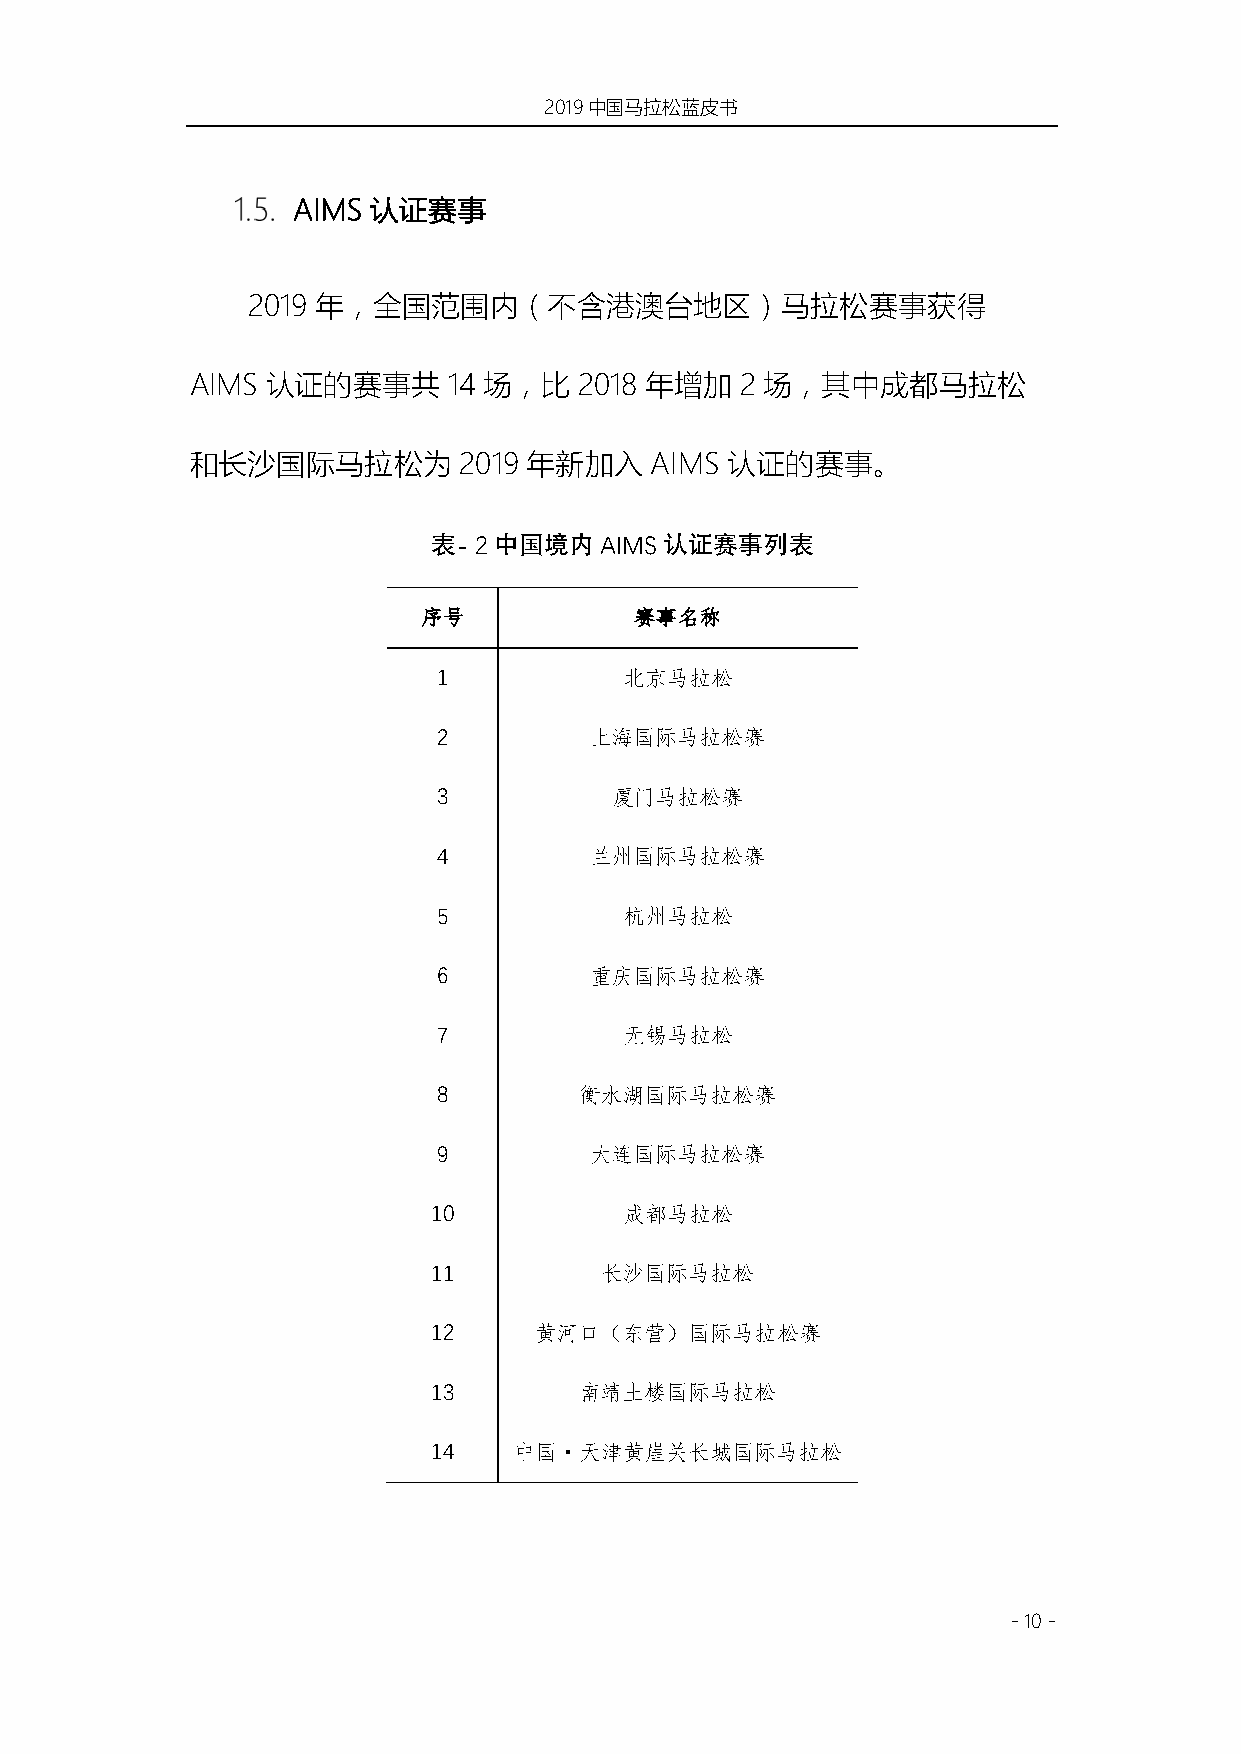
2019中国马拉松蓝皮书
 AIMS 认证赛事
 2019 年，全国范围内（不含港澳台地区）马拉松赛事获得
 AIMS 认证的赛事共      14 场，比  2018 年增加   2 场，其中成都马拉松
 和长沙国际马拉松为        2019 年新加入    AIMS 认证的赛事。
 表- 2中国境内AIMS认证赛事列表
 序号            赛事名称
 1           北京马拉松
 2         上海国际马拉松赛
 3          厦门马拉松赛
 4         兰州国际马拉松赛
 5           杭州马拉松
 6         重庆国际马拉松赛
 7           无锡马拉松
 8        衡水湖国际马拉松赛
 9         大连国际马拉松赛
 10          成都马拉松
 11         长沙国际马拉松
 12    黄河口（东营）国际马拉松赛
 13       南靖土楼国际马拉松
 14   中国·天津黄崖关长城国际马拉松
 - 10 -